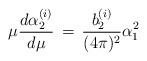
\begin{align*}\mu {d \alpha_{2}^{(i)} \over d \mu} \,=\,{b_{2}^{(i)} \over (4 \pi)^{2}} \alpha_{1}^{2}\end{align*}